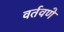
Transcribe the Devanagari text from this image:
वर्तवणे